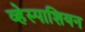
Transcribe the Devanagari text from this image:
व्हेस्पाशियन